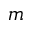
\boldsymbol { m }